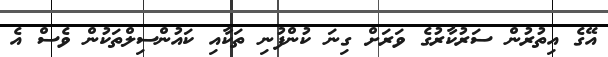
އޭގެ އިތުރުން ސަރުކާރުގެ ވަރަށް ގިނަ ކުންފުނި ތަކާއި ކައުންސިލްތަކުން ވެސް އެ